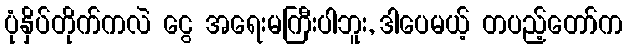
ပုံနှိပ်တိုက်ကလဲ ငွေ အရေးမကြီးပါဘူး, ဒါပေမယ့် တပည့်တော်က